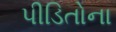
પીડિતોના